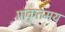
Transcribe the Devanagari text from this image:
प्राकृतमय